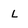
Character: L